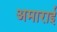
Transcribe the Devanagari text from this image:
अमाराई